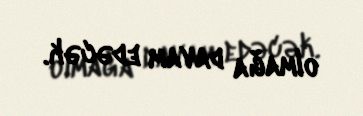
olmağa davam edəcək.